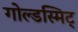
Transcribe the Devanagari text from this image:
गोल्डस्मिट्